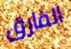
الفارق